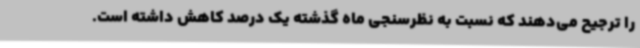
را ترجیح می‌دهند که نسبت به نظرسنجی ماه گذشته یک درصد کاهش داشته است.